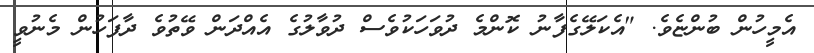
އެމީހުން ބުންޏެވެ. "އެކަލޭގެފާނު ކޮންމެ ދުވަހަކުވެސް ދުވާލުގެ އެއްދަން ވޭތުވެ ދާފަހުން މެނުވީ